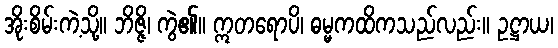
အိုးစိမ်းကဲ့သို့။ ဘိဇ္ဇိ၊ ကွဲ၏။ ဣတရောပိ၊ ဓမ္မကထိကသည်လည်း။ ဥဋ္ဌာယ၊